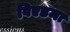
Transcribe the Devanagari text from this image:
विएडमा